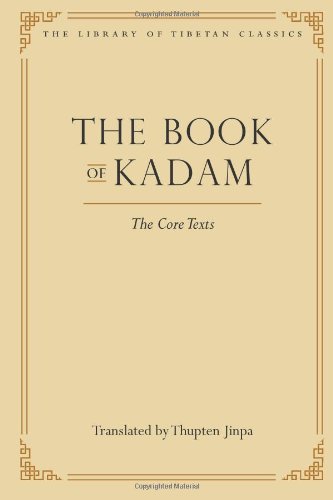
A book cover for The Book of Kadam: The Core Texts (Library of Tibetan Classics); Religion & Spirituality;